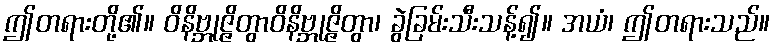
ဤတရားတို့၏။ ဝိနိဗ္ဘုဇ္ဇိတွာဝိနိဗ္ဘုဇ္ဇိတွာ၊ ခွဲခြမ်းသီးသန့်၍။ အယံ၊ ဤတရားသည်။